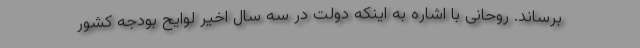
برساند. روحانی با اشاره به اینکه دولت در سه سال اخیر لوایح بودجه کشور